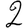
Digit: 2